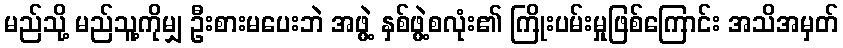
မည်သို့ မည်သူ့ကိုမျှ ဦးစားမပေးဘဲ အဖွဲ့ နှစ်ဖွဲ့စလုံး၏ ကြိုးပမ်းမှုဖြစ်ကြောင်း အသိအမှတ်